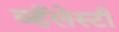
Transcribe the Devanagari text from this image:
व्हॅलेस्टी